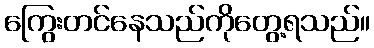
ကြွေးတင်နေသည်ကိုတွေ့ရသည်။